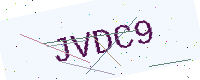
Text: JVDC9